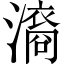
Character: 㵝